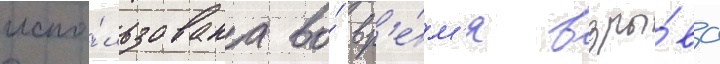
испо́льзована во́ вр'е́м'я взры́ва